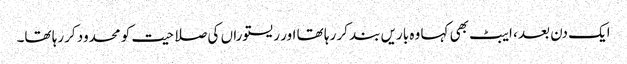
ایک دن بعد ، ایبٹ بھی کہا وہ باریں بند کر رہا تھا اور ریستوراں کی صلاحیت کو محدود کررہا تھا۔